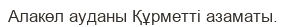
Алакөл ауданы Құрметті азаматы.